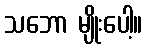
သဘော မျိုးပေါ့။